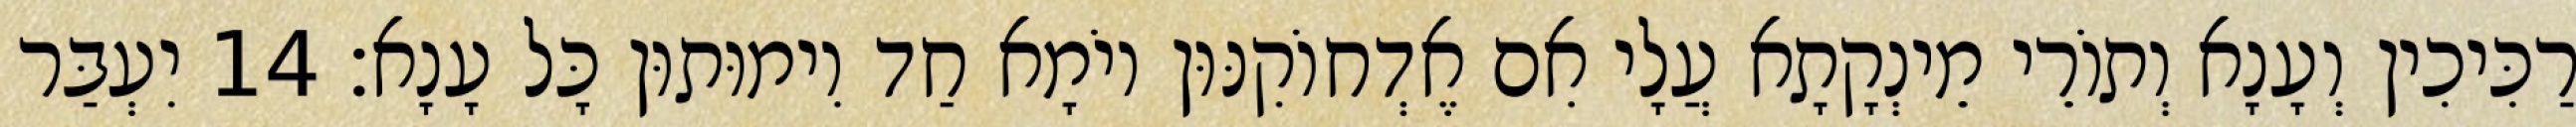
רַכִּיכִין וְעָנָא וְתוֹרֵי מֵינְקָתָא עֲלָי אִם אֶדְחוֹקִנּוּן יוֹמָא חַד וִימוּתוּן כָּל עָנָא׃ 14 יִעְבַּר